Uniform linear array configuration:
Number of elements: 24
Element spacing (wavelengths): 0.5
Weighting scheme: binomial
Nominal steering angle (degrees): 45
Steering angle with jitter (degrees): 45.379
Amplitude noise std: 0.05
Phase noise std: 0.05

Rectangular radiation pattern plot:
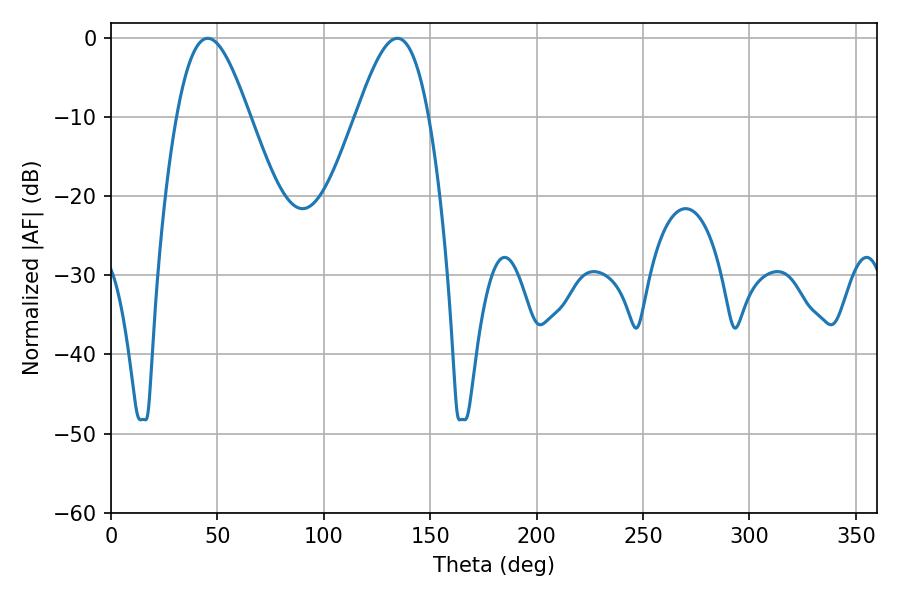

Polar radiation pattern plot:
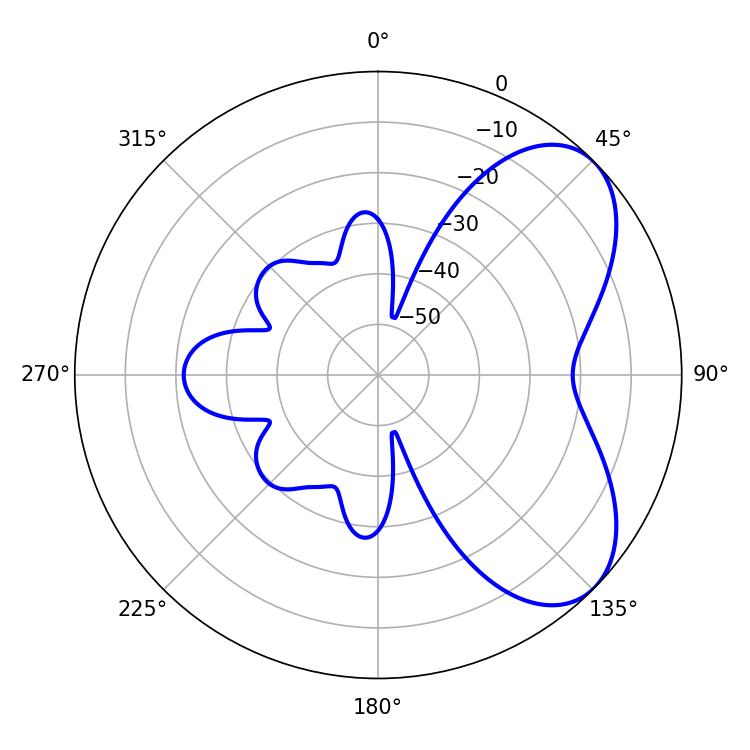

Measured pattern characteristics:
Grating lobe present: FALSE
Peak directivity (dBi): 5.934
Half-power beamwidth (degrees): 18.36
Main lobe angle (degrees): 45.54